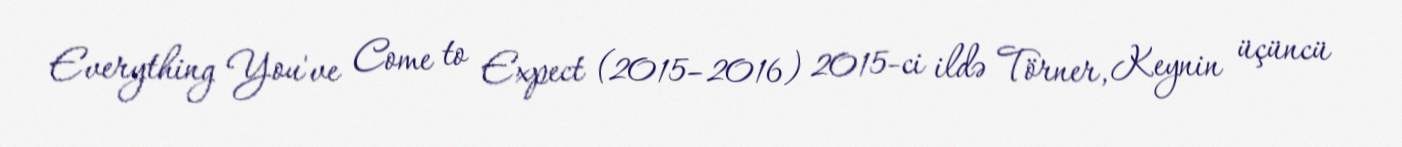
Everything You've Come to Expect (2015–2016) 2015-ci ildə Törner, Keynin üçüncü